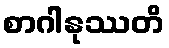
စာဂါနုဿတိ